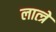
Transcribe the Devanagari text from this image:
लात्त्रे